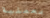
بعملية